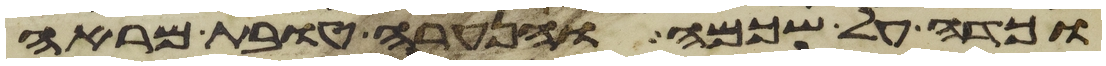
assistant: וכדה על שכמה והנערה טובת מראה